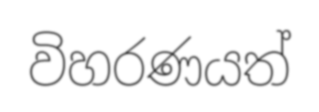
විහරණයත්